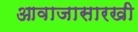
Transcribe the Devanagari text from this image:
आवाजासारखी